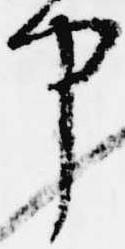
中